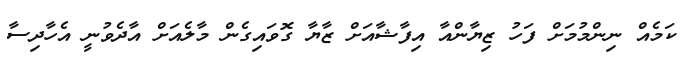
ކަމެއް ނިންމުމަށް ފަހު ޒިޔާންއާ އިފާޝާއަށް ޒާޔާ ގޮވައިގެން މާލެއަށް އާދެވުނީ އެހާދިސާ